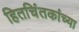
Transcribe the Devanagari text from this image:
हितचिंतकांच्या